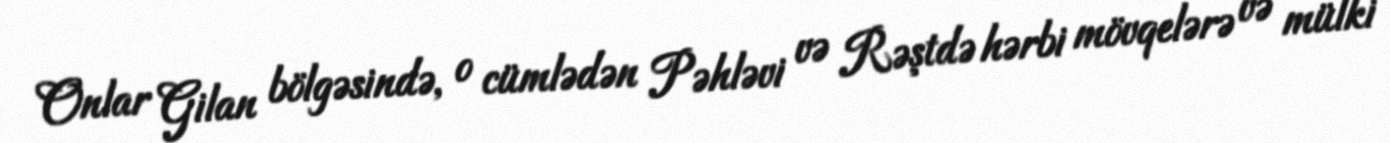
Onlar Gilan bölgəsində, o cümlədən Pəhləvi və Rəştdə hərbi mövqelərə və mülki